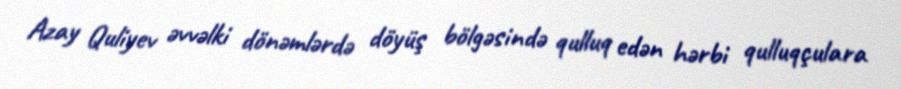
Azay Quliyev əvvəlki dönəmlərdə döyüş bölgəsində qulluq edən hərbi qulluqçulara